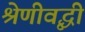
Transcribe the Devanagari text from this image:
श्रेणीवृद्धी